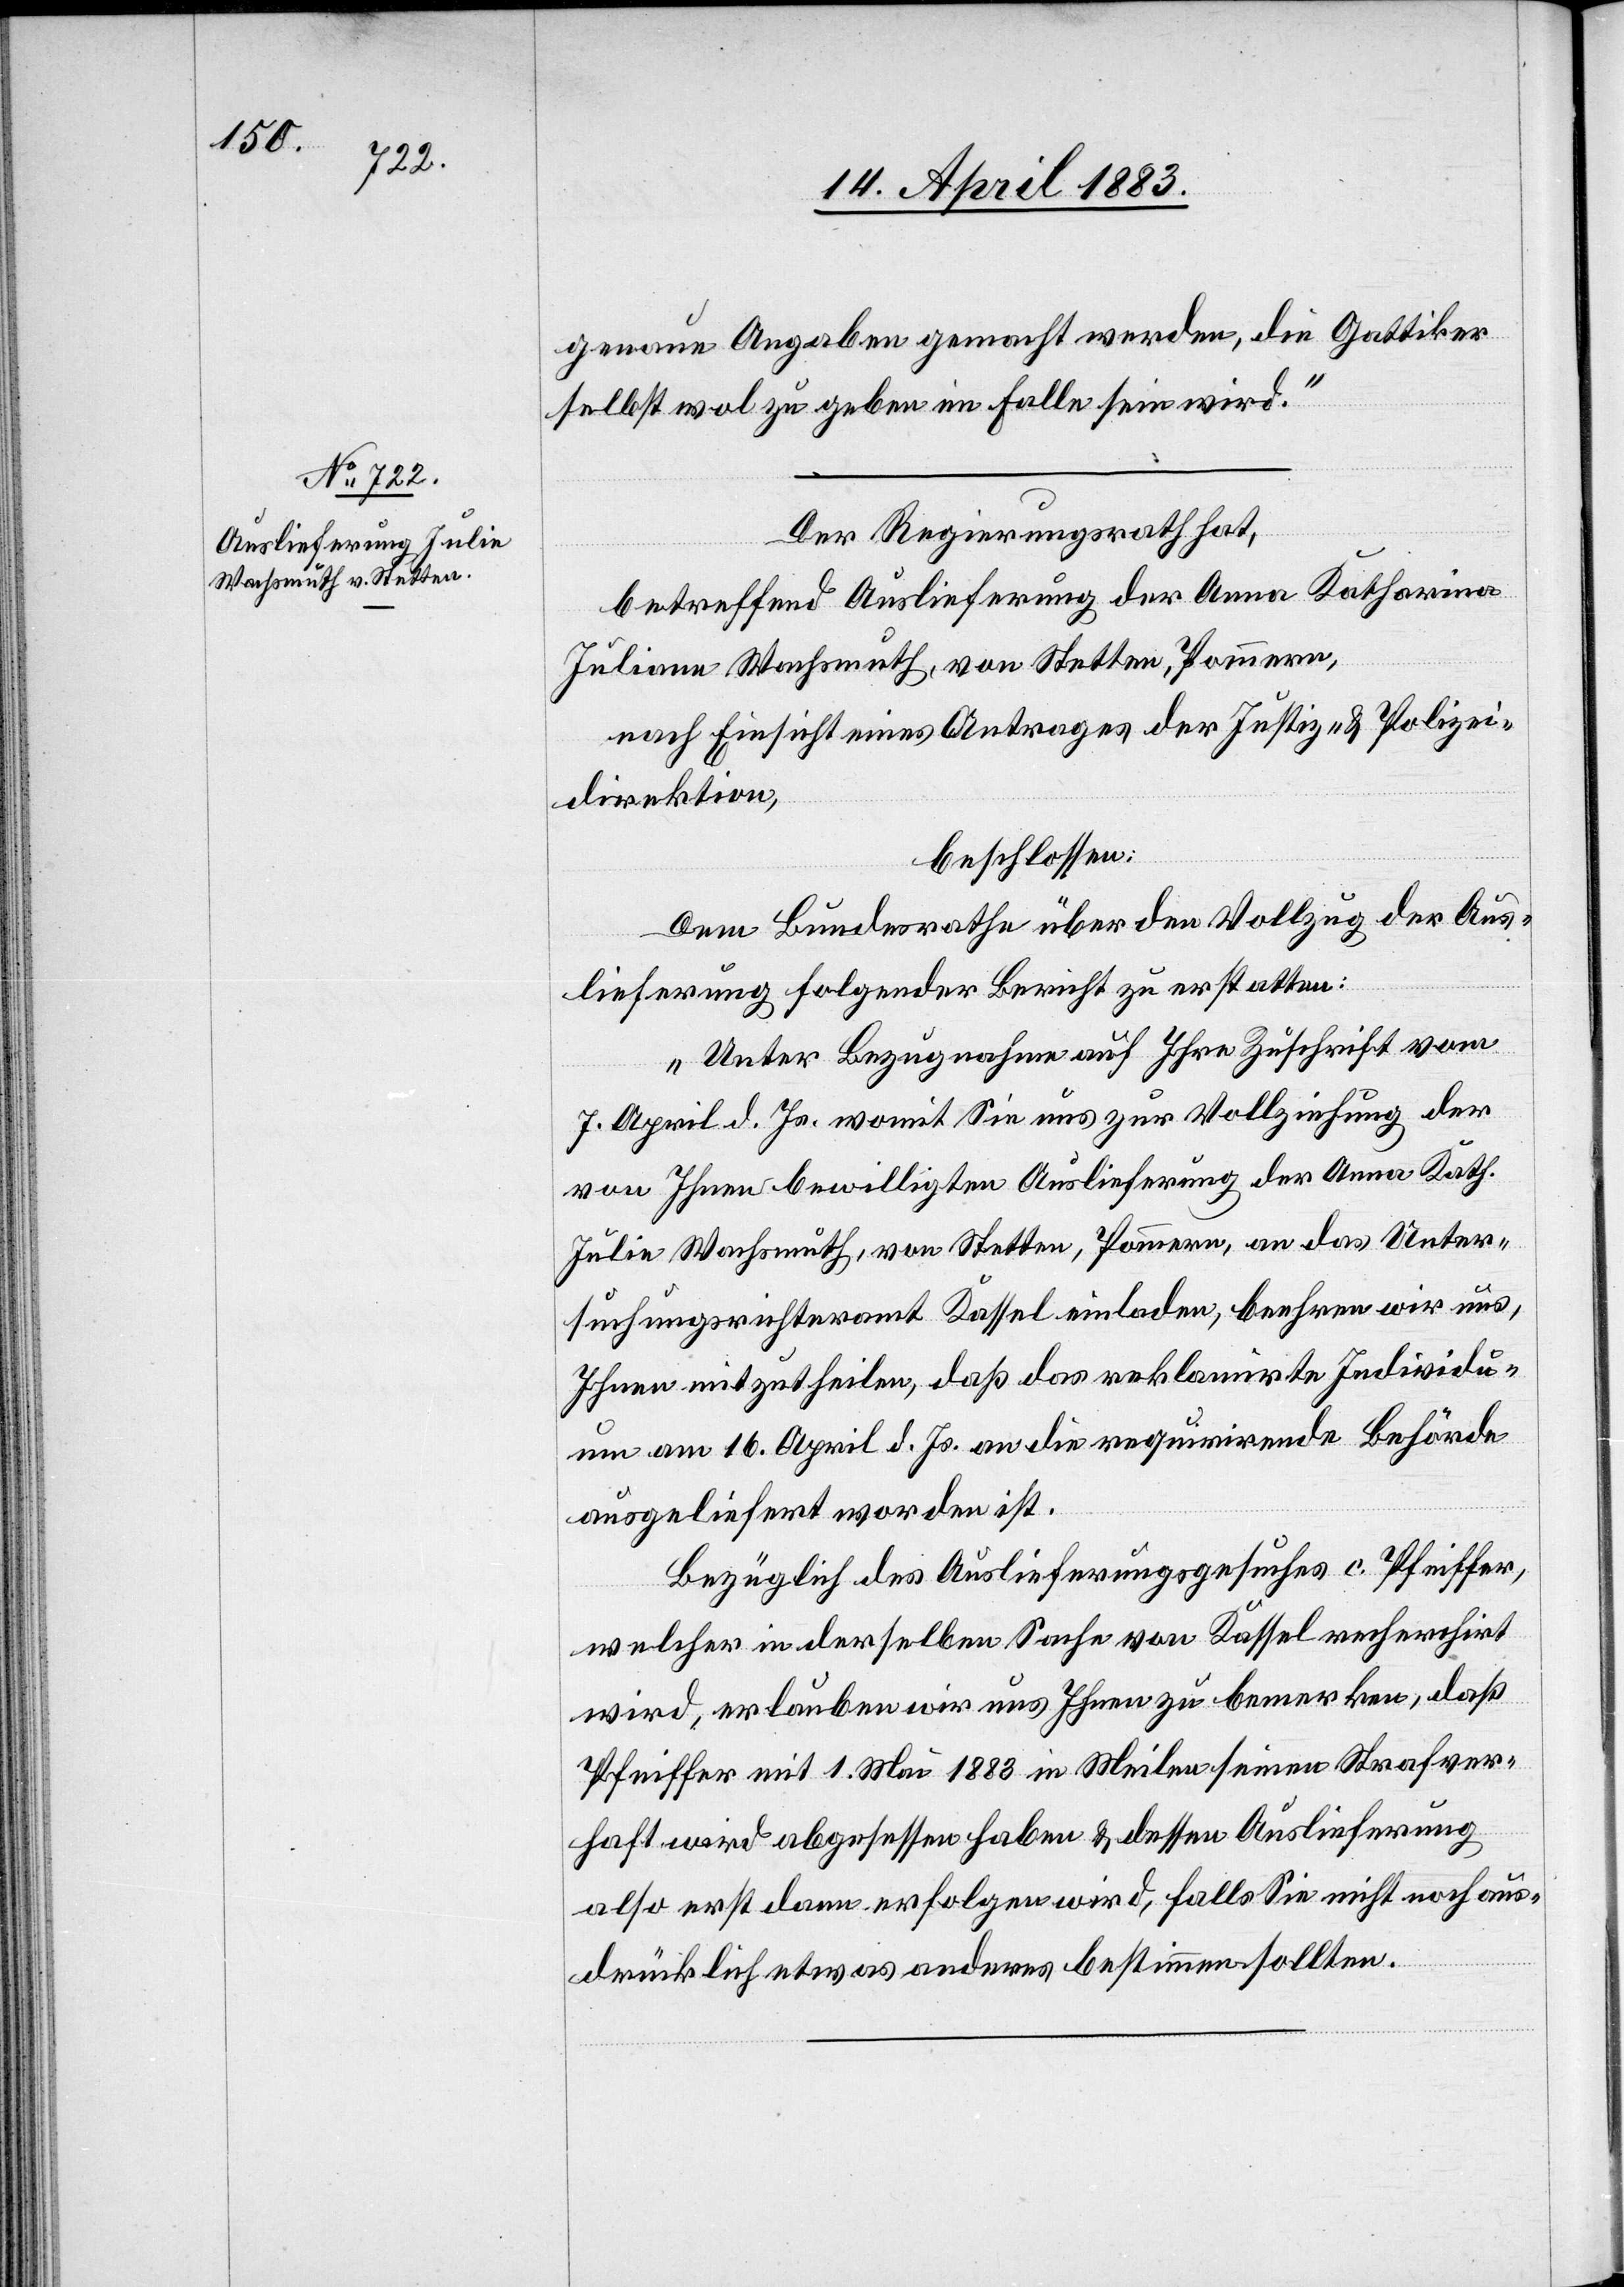
16. April 1883.]
genaue Angaben gemacht werden, die Gattiker
selbst wol zu geben im Falle sein wird.“
Der Regierungsrath hat,
betreffend Auslieferung der Anna Katharina
[sic!] Wachsmuth, von Stetten, Pommern,
nach Einsicht eines Antrages der Justiz- & Polizei¬
direktion,
beschlossen:
Dem Bundesrath über den Vollzug der Aus¬
lieferung folgender Bericht zu erstatten:
„Unter Bezugnahme auf Ihre Zuschrift vom
7. April d. Js. womit sie uns zur Vollziehung der
von Ihnen bewilligten Auslieferung der Anna Kath.
Julie Wachsmuth, von Stetten, Pommern, an das Unter¬
suchungsrichteramt Kassel einladen, beehren wir uns,
Ihnen mitzutheilen, daß das reklamirte Individu¬
um am 16. April d. Js. an die requirirende Behörde
ausgeliefert worden ist.
Bezüglich des Auslieferungsgesuches c. Pfeiffer,
welcher in derselben Sache von Kassel recherchirt
wird, erlauben wir uns Ihnen zu bemerken, daß
Pfeiffer mit 1. Mai 1883 in Meilen seinen Strafver¬
haft wird abgesessen haben & dessen Auslieferung
also erst dann erfolgen wird, falls Sie nicht noch aus¬
drücklich etwas anderes bestimmen sollten.